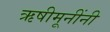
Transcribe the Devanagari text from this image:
ऋषीमूनींनी